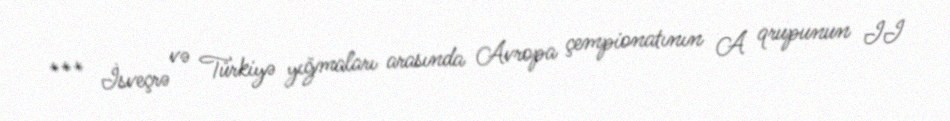
*** İsveçrə və Türkiyə yığmaları arasında Avropa çempionatının A qrupunun II